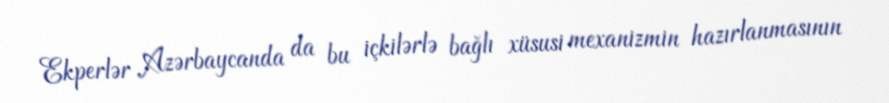
Ekperlər Azərbaycanda da bu içkilərlə bağlı xüsusi mexanizmin hazırlanmasının